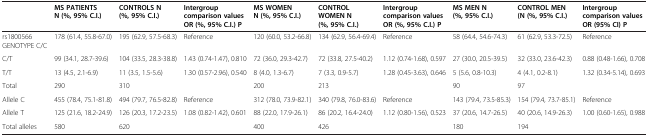
<table><thead><tr><td>[EMPTY_CELL]</td><td><b>MS PATIENTS N (%, 95% C.I.)</b></td><td><b>CONTROLS N (%, 95% C.I.)</b></td><td><b>Intergroup comparison values OR (%, 95% C.I.) P</b></td><td><b>MS WOMEN N (%, 95% C.I.)</b></td><td><b>CONTROL WOMEN N (%, 95% C.I.)</b></td><td><b>Intergroup comparison values OR (%, 95% C.I.) P</b></td><td><b>MS MEN N (%, 95% C.I.)</b></td><td><b>CONTROL MEN (N (%, 95% C.I.)</b></td><td><b>Intergroup comparison values OR (95% CI) P</b></td></tr></thead><tbody><tr><td>rs1800566 GENOTYPE C/C</td><td>178 (61.4, 55.8-67.0)</td><td>195 (62.9, 57.5-68.3)</td><td>Reference</td><td>120 (60.0, 53.2-66.8)</td><td>134 (62.9, 56.4-69.4)</td><td>Reference</td><td>58 (64.4, 54.6-74.3)</td><td>61 (62.9, 53.3-72.5)</td><td>Reference</td></tr><tr><td>C/T</td><td>99 (34.1, 28.7-39.6)</td><td>104 (33.5, 28.3-38.8)</td><td>1.43 (0.74-1.47), 0.810</td><td>72 (36.0, 29.3-42.7)</td><td>72 (33.8, 27.5-40.2)</td><td>1.12 (0.74-1.68), 0.597</td><td>27 (30.0, 20.5-39.5)</td><td>32 (33.0, 23.6-42.3)</td><td>0.88 (0.48-1.66), 0.708</td></tr><tr><td>T/T</td><td>13 (4.5, 2.1-6.9)</td><td>11 (3.5, 1.5-5.6)</td><td>1.30 (0.57-2.96), 0.540</td><td>8 (4.0, 1.3-6.7)</td><td>7 (3.3, 0.9-5.7)</td><td>1.28 (0.45-3.63), 0.646</td><td>5 (5.6, 0.8-10.3)</td><td>4 (4.1, 0.2-8.1)</td><td>1.32 (0.34-5.14), 0.693</td></tr><tr><td>Total</td><td>290</td><td>310</td><td>[EMPTY_CELL]</td><td>200</td><td>213</td><td>[EMPTY_CELL]</td><td>90</td><td>97</td><td>[EMPTY_CELL]</td></tr><tr><td>Allele C</td><td>455 (78.4, 75.1-81.8)</td><td>494 (79.7, 76.5-82.8)</td><td>Reference</td><td>312 (78.0, 73.9-82.1)</td><td>340 (79.8, 76.0-83.6)</td><td>Reference</td><td>143 (79.4, 73.5-85.3)</td><td>154 (79.4, 73.7-85.1)</td><td>Reference</td></tr><tr><td>Allele T</td><td>125 (21.6, 18.2-24.9)</td><td>126 (20.3, 17.2-23.5)</td><td>1.08 (0.82-1.42), 0.601</td><td>88 (22.0, 17.9-26.1)</td><td>86 (20.2, 16.4-24.0)</td><td>1.12 (0.80-1.56), 0.523</td><td>37 (20.6, 14.7-26.5)</td><td>40 (20.6, 14.9-26.3)</td><td>1.00 (0.60-1.65), 0.988</td></tr><tr><td>Total alleles</td><td>580</td><td>620</td><td>[EMPTY_CELL]</td><td>400</td><td>426</td><td>[EMPTY_CELL]</td><td>180</td><td>194</td><td>[EMPTY_CELL]</td></tr></tbody></table>